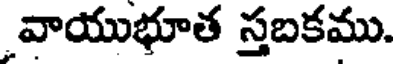
వాయుభూత స్తబకము.